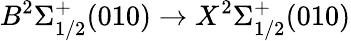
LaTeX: B^{2}\Sigma_{1/2}^{+}(010)\rightarrow X^{2}\Sigma_{1/2}^{+}(010)